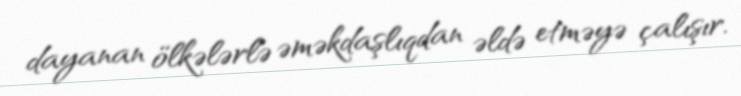
dayanan ölkələrlə əməkdaşlıqdan əldə etməyə çalışır.